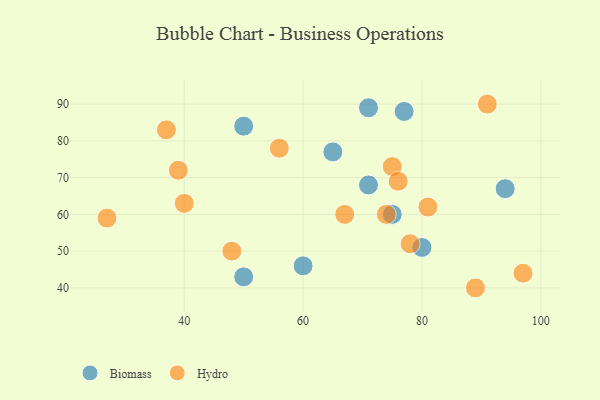
{"axis": {"x": "GDP", "y": "Life Expectancy"}, "legend": ["Biomass", "Hydro"], "data": [{"x": "71", "y": 89, "type": "Biomass"}, {"x": "80", "y": 51, "type": "Biomass"}, {"x": "60", "y": 46, "type": "Biomass"}, {"x": "50", "y": 84, "type": "Biomass"}, {"x": "65", "y": 77, "type": "Biomass"}, {"x": "94", "y": 67, "type": "Biomass"}, {"x": "71", "y": 68, "type": "Biomass"}, {"x": "50", "y": 43, "type": "Biomass"}, {"x": "77", "y": 88, "type": "Biomass"}, {"x": "75", "y": 60, "type": "Biomass"}, {"x": "74", "y": 60, "type": "Hydro"}, {"x": "48", "y": 50, "type": "Hydro"}, {"x": "56", "y": 78, "type": "Hydro"}, {"x": "40", "y": 63, "type": "Hydro"}, {"x": "97", "y": 44, "type": "Hydro"}, {"x": "75", "y": 73, "type": "Hydro"}, {"x": "89", "y": 40, "type": "Hydro"}, {"x": "37", "y": 83, "type": "Hydro"}, {"x": "78", "y": 52, "type": "Hydro"}, {"x": "39", "y": 72, "type": "Hydro"}, {"x": "27", "y": 59, "type": "Hydro"}, {"x": "81", "y": 62, "type": "Hydro"}, {"x": "91", "y": 90, "type": "Hydro"}, {"x": "67", "y": 60, "type": "Hydro"}, {"x": "76", "y": 69, "type": "Hydro"}]}